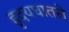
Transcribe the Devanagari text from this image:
ह्रृदयघातसे